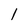
Character: I